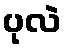
ပုလဲ